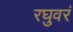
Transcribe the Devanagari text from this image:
रघुवरं